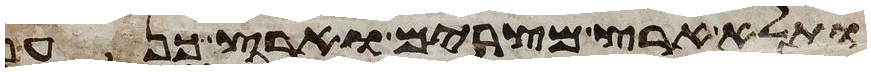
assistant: ותלא ארץ מצרים וארץ כנען